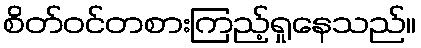
စိတ်ဝင်တစားကြည့်ရှုနေသည်။